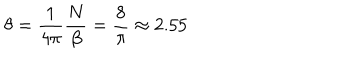
\theta = \frac { 1 } { 4 \pi } \frac { N } { \beta } = \frac { 8 } { \pi } \approx 2 . 5 5